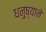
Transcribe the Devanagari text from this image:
धनुष्याने